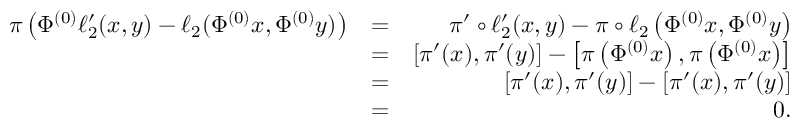
\begin{array} { r l r } { \pi \left( \Phi ^ { ( 0 ) } \ell _ { 2 } ^ { \prime } ( x , y ) - \ell _ { 2 } ( \Phi ^ { ( 0 ) } x , \Phi ^ { ( 0 ) } y ) \right) } & { = } & { \pi ^ { \prime } \circ \ell _ { 2 } ^ { \prime } ( x , y ) - \pi \circ \ell _ { 2 } \left( \Phi ^ { ( 0 ) } x , \Phi ^ { ( 0 ) } y \right) } \\ & { = } & { [ \pi ^ { \prime } ( x ) , \pi ^ { \prime } ( y ) ] - \left[ \pi \left( \Phi ^ { ( 0 ) } x \right) , \pi \left( \Phi ^ { ( 0 ) } x \right) \right] } \\ & { = } & { [ \pi ^ { \prime } ( x ) , \pi ^ { \prime } ( y ) ] - [ \pi ^ { \prime } ( x ) , \pi ^ { \prime } ( y ) ] } \\ & { = } & { 0 . } \end{array}